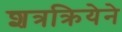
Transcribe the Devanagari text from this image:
शत्रक्रियेने